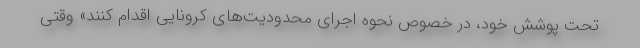
تحت پوشش خود، در خصوص نحوه اجرای محدودیت‌های کرونایی اقدام کنند» وقتی